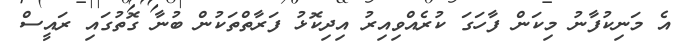
އެ މަނިކުފާނު މިކަން ފާހަގަ ކުރެއްވިއިރު އިދިކޮޅު ފަރާތްތަކުން ބުނާާ ގޮތުގައި ރައީސް